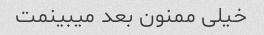
خیلی ممنون بعد میبینمت